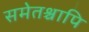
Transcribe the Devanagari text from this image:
समेतश्चापि